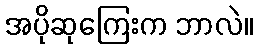
အပိုဆုကြေးက ဘာလဲ။